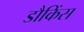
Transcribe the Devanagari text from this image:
डौकिंस